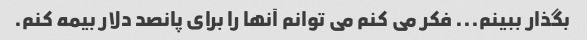
بگذار ببینم... فکر می کنم می توانم آنها را برای پانصد دلار بیمه کنم.